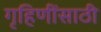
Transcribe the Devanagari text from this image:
गृहिणींसाठी